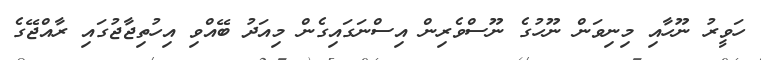
ހަވީރު ނޫހާއި މިނިވަން ނޫހުގެ ނޫސްވެރިން އިސްނަގައިގެން މިއަދު ބޭއްވި އިހުތިޖާޖުގައި ރާއްޖޭގެ